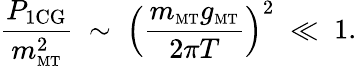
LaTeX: \frac{P_{\mathrm{1CG}}}{m_{\mathrm{\scriptscriptstyle{MT}}}^{2}}\; \sim\; \left(\frac{m_{\mathrm{\scriptscriptstyle{MT}}}g_{\mathrm{\scriptscriptstyle{MT}}}}{2\pi T}\right)^{2}\; \ll\; 1.